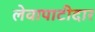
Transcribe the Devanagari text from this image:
लेवापाटीदार